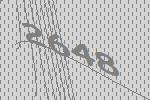
2648